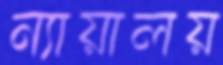
ন্যায়ালয়